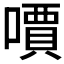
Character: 𠿪